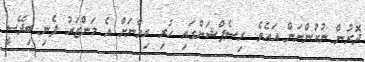
ދޮރުން ނުކުންނަން އައެވެ. ރިސެޕްޝަންގައި ހުރި ރިޔާނަށް އެ މަންޒަރު ފެނި ބިދޭސީ